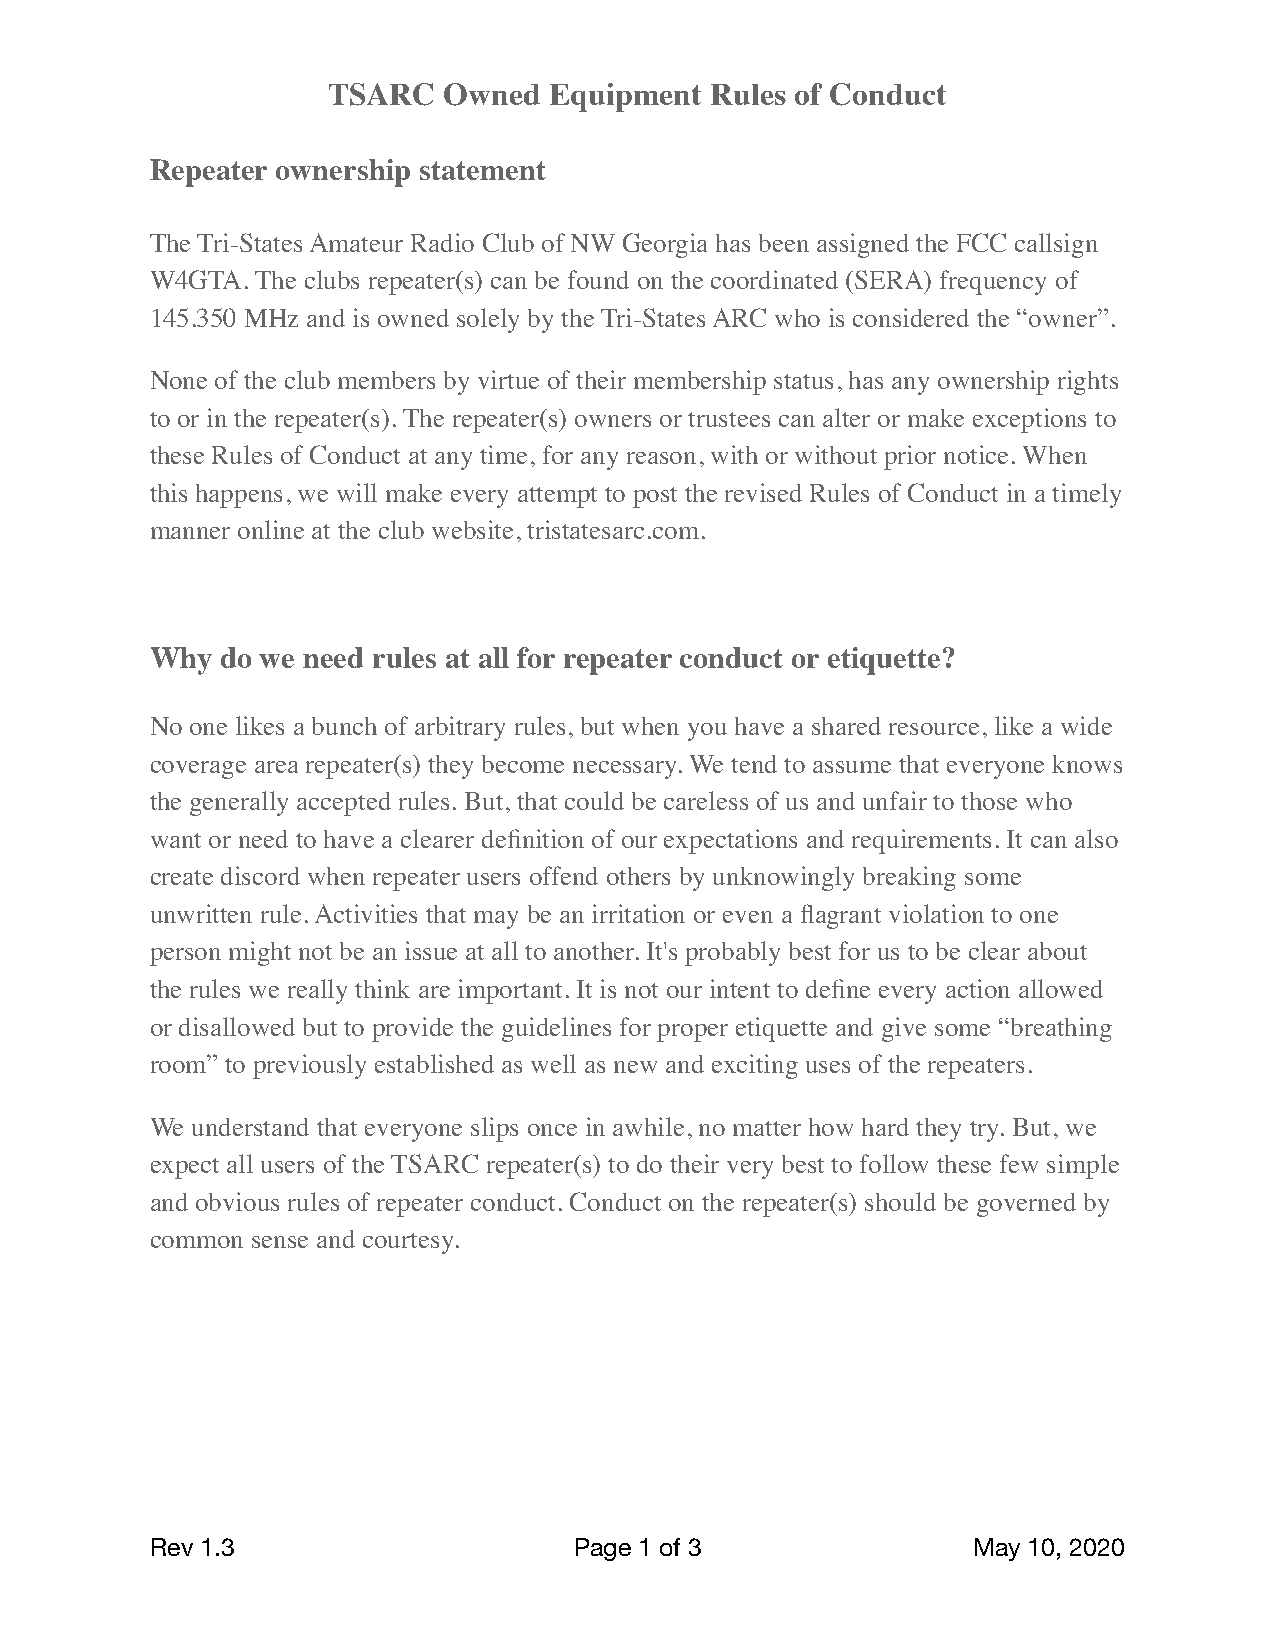
TSARC  Owned  Equipment  Rules of Conduct
 Repeater ownership statement
 The Tri-States Amateur Radio Club of NW Georgia has been assigned the FCC callsign
 W4GTA. The clubs repeater(s) can be found on the coordinated (SERA) frequency of
 145.350 MHz and is owned solely by the Tri-States ARC who is considered the “owner”.
 None of the club members by virtue of their membership status, has any ownership rights
 to or in the repeater(s). The repeater(s) owners or trustees can alter or make exceptions to
 these Rules of Conduct at any time, for any reason, with or without prior notice. When
 this happens, we will make every attempt to post the revised Rules of Conduct in a timely
 manner online at the club website, tristatesarc.com.
 Why  do we need rules at all for repeater conduct or etiquette?
 No one likes a bunch of arbitrary rules, but when you have a shared resource, like a wide
 coverage area repeater(s) they become necessary. We tend to assume that everyone knows
 the generally accepted rules. But, that could be careless of us and unfair to those who
 want or need to have a clearer definition of our expectations and requirements. It can also
 create discord when repeater users offend others by unknowingly breaking some
 unwritten rule. Activities that may be an irritation or even a flagrant violation to one
 person might not be an issue at all to another. It's probably best for us to be clear about
 the rules we really think are important. It is not our intent to define every action allowed
 or disallowed but to provide the guidelines for proper etiquette and give some “breathing
 room” to previously established as well as new and exciting uses of the repeaters.
 We understand that everyone slips once in awhile, no matter how hard they try. But, we
 expect all users of the TSARC repeater(s) to do their very best to follow these few simple
 and obvious rules of repeater conduct. Conduct on the repeater(s) should be governed by
 common sense and courtesy.
 Rev 1.3                     Page 1 of 3               May 10, 2020